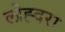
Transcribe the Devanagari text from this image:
लोह्दरा